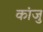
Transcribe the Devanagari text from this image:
कांजु